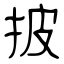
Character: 披